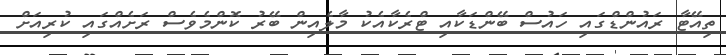
ތިއޭޓާ ރައުންޑްގައި ހައުސް ބޭންޑަކާއި ޓްރެކާއެކު މާލެއިން ބޭރު ކޮންމެވެސް ރަށެއްގައި ކުރިއަށް